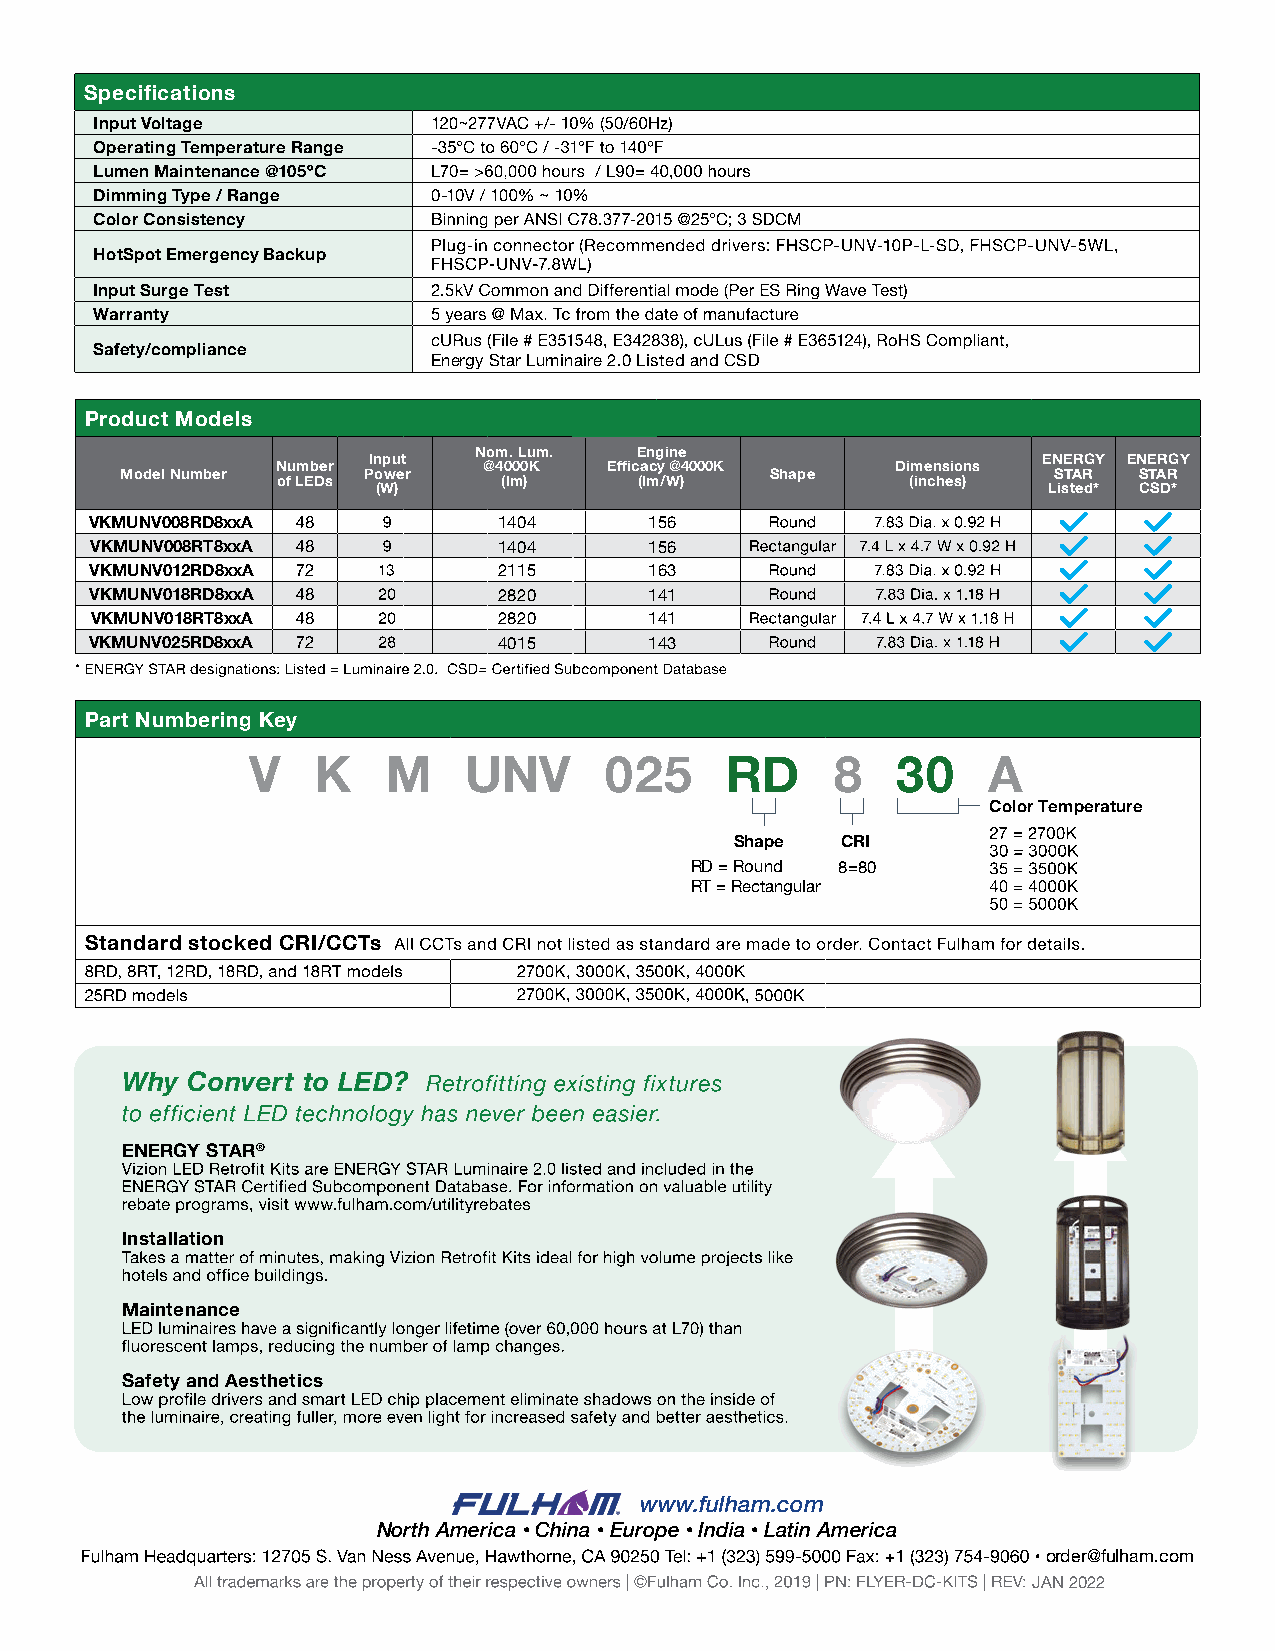
Specifications
 Input Voltage
 Operating Temperature Range
 Lumen Maintenance @105ºC
 Dimming Type / Range
 Color Consistency
 HotSpot Emergency Backup
 Input Surge Test
 Warranty
 Safety/compliance
 Energy Star Luminaire 2.0 Listed and CSD
 Product Models
 Nom. Lum.  Engine
 Input                                        ENERGY ENERGY
 Number        @4000K  Efficacy @4000K    Dimensions
 Model Number    Power                      Shape              STAR STAR
 of LEDs        (lm)     (lm/W)            (inches)
 (W)                                         Listed* CSD*
 VKMUNV008RD8xxA            1404      156
 VKMUNV008RT8xxA            1404      156
 VKMUNV012RD8xxA            2115      163
 VKMUNV018RD8xxA            2820      141
 VKMUNV018RT8xxA            2820      141
 VKMUNV025RD8xxA            4015      143
 Part Numbering Key
 V   K    M    UNV      025     RD     8   30    A
 Color Temperature
 Shape  CRI
 RD = Round 8=80
 RT = Rectangular
 Standard stocked CRI/CCTs
 Why Convert to LED?
 ENERGY STAR®
 Installation
 Maintenance
 Safety and Aesthetics
 www.fulham.com
 North America • China • Europe • India • Latin America
 order@fulham.com
 JAN 2022